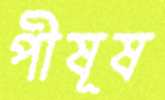
পীষূষ